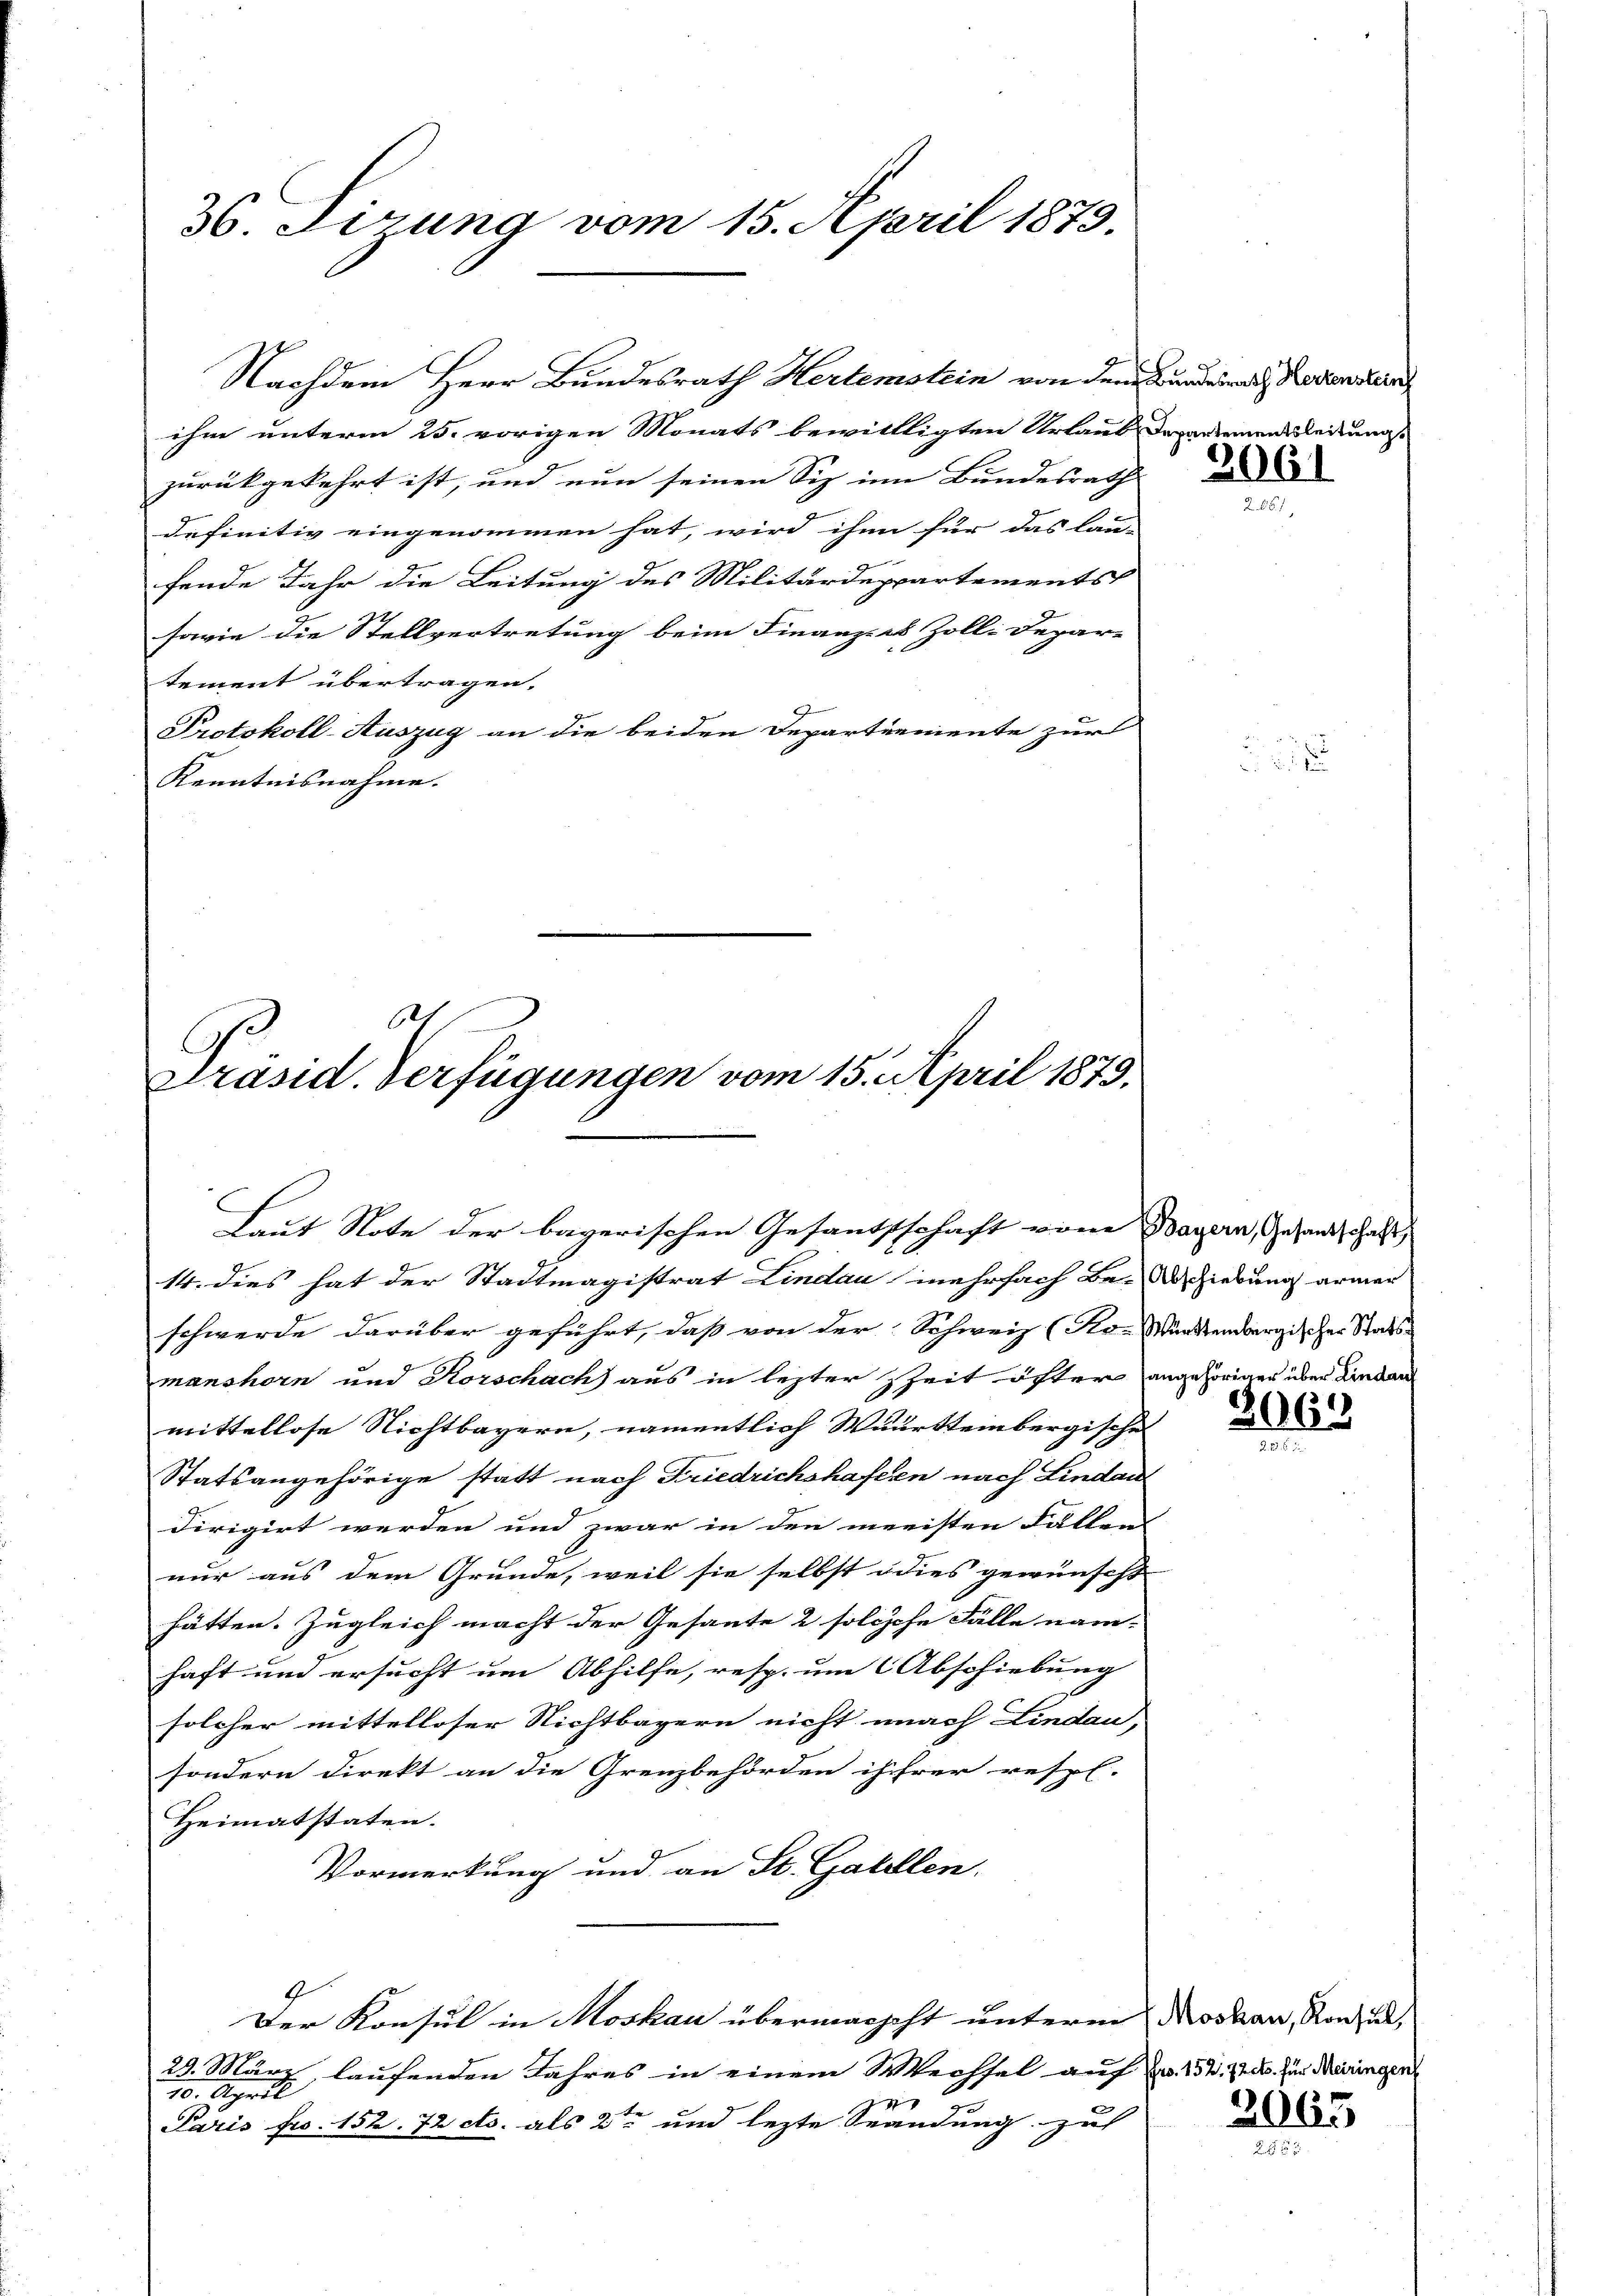
36. Fizung vom 15. April 1873.

ihm unterm 25. vorigen Monats bewillligten Urlaub. Departement leitungs
zurückgekehrt ist, und nun seinen Siz in Bundesrath
definitiv eingenommen hat, wird ihn für das lau- |
fende Jahr die Leitung des Militärdeppartements
sowie die Stellvertretung beim Finanzes Zoll-Depar-
tement übertragen.
Protokoll-Auszug an die beiden Departemente zur
Kenntnisnahme.

C

t
Präsid. Verfügungen vom 15. April 1879,

Nachdem Herr Bundesrath Hertenstein von dem Bundesrath Bodenstern

14. dies hat der Stadtmagistrat Lindau mehrfach Be- Hiebung armer
schwerde darüber geführt, daß von der Schweiz (Ro-Württembergischer Staatsmanshorn und Korschach aus in letzter Zeit öfter angehörigen über Lindan
mittellose Nichtbayern, namentlich Wuurtteinbergische
Statsangehörige statt nach Friedrichshaften nach Lindau
dirigirt werden und zwar in den meisten Fällen
nur aus dem Grunde, weil sie selbst dies gewünscht
hätten. Zugleich macht der Gesante 2 solchehe Fälle nam-
haft und ersucht um Abhilfe, resp. um Abschiebung
solcher mittelloser Nichtbayern nicht nach Lindau,
sondern direkt an die Grenzbehörden ihrer resp.
Heimatstaten.
Vormerkung und an St. Gabellen.
Der Konsul in Moskau übermacht unterm Moskau, Ronzud,
29. März, laufenden Jahres in einem Wechsel auf Fr. 152. 720. zur Mairingen
10. April
1
Paris fr. 152. 72 cts. als 2te und lezte Spandung zu

Laut Note der bayerischen Gesandtschaft von Bayern, Gesandtschaft

2061

2065

2065